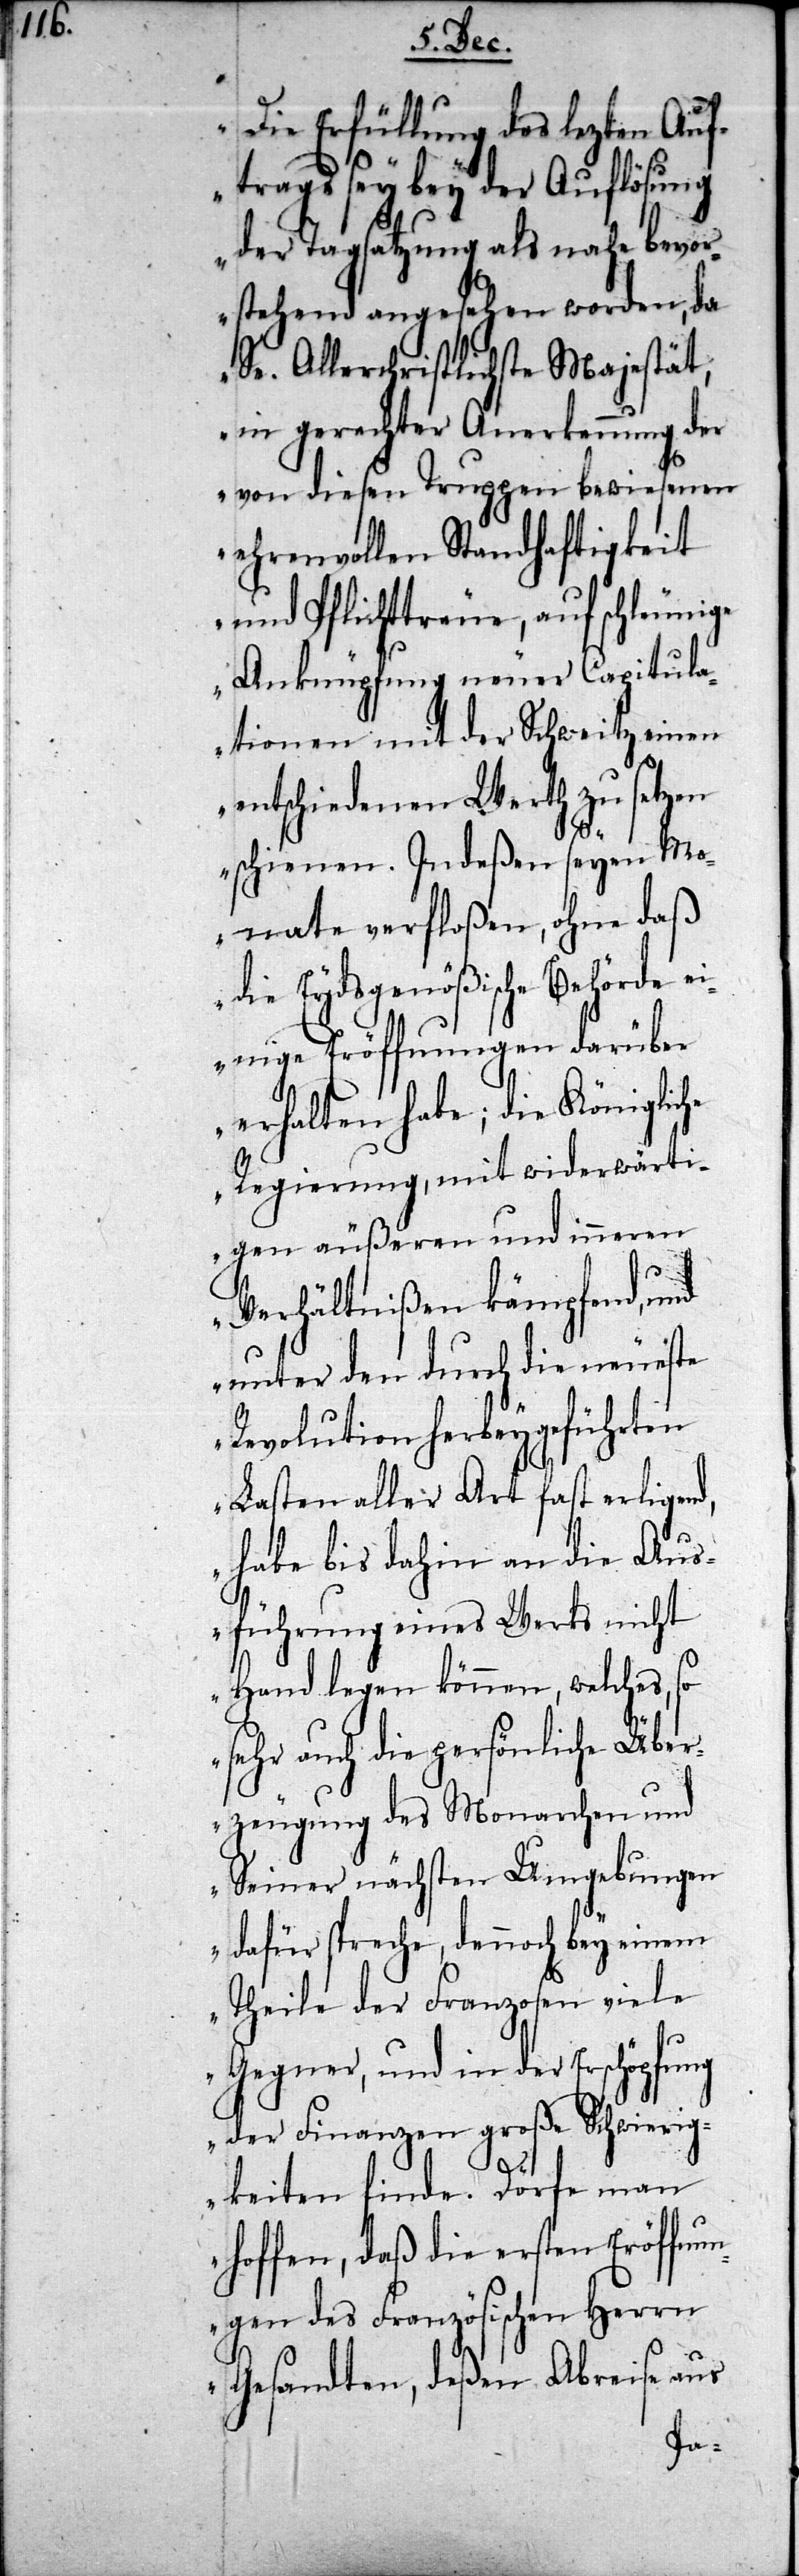
Die Erfüllung des lezten Auf¬
trags sey bey der Auflösung
der Tagsatzung als nahe bevo¬
rstehend angesehen worden, da
Se. Allerchristlichste Majestät,
in gerechter Anerkennung der
von diesen Truppen bewiesenen
ehrenvollen Standhaftigkeit
und Pflichttreue, auf schleunige
Anknüpfung neuer Capitul¬
ationen mit der Schweitz einen
entschiedenen Werth zu setzen
schienen. Indeßen seyen Mo¬
nate verfloßen, ohne daß
die Eydsgenößische Behörde ei¬
nige Eröffnungen darüber
erhalten habe; die Königliche
Regierung, mit widerwärti¬
gen äußeren und inneren
Verhältnißen kämpfend, und
unter den durch die neueste
Revolution herbeygeführten
Lasten aller Art fast erligend,
habe bis dahin an die Aus¬
führung eines Werks nicht
Hand legen können, welches, so
sehr auch die persönliche Über¬
zeugung des Monarchen und
Seiner nächsten Umgebungen
dafür spreche, dennoch bey einem
Theile der Franzosen viele
Gegner, und in der Erschöpfung
der Finanzen große Schwierig¬
keiten finde. Dörfe man
hoffen, daß die ersten Eröffnu¬
ngen des Französischen Herrn
Gesandten, deßen Abreise aus